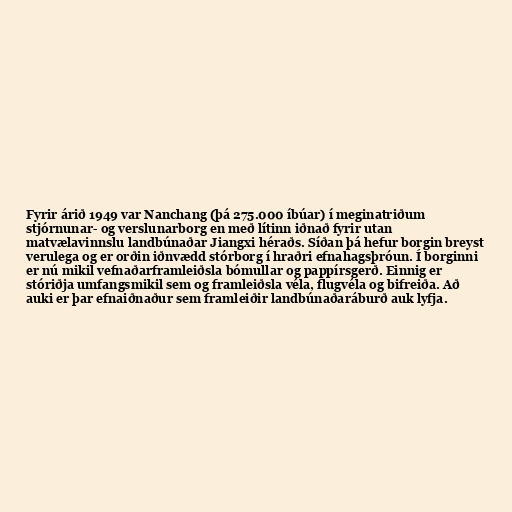
Fyrir árið 1949 var Nanchang (þá 275.000 íbúar) í meginatriðum
stjórnunar- og verslunarborg en með lítinn iðnað fyrir utan
matvælavinnslu landbúnaðar Jiangxi héraðs. Síðan þá hefur borgin breyst
verulega og er orðin iðnvædd stórborg í hraðri efnahagsþróun. Í borginni
er nú mikil vefnaðarframleiðsla bómullar og pappírsgerð. Einnig er
stóriðja umfangsmikil sem og framleiðsla véla, flugvéla og bifreiða. Að
auki er þar efnaiðnaður sem framleiðir landbúnaðaráburð auk lyfja.